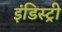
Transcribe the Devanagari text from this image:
इंडिस्ट्री